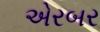
એરબર